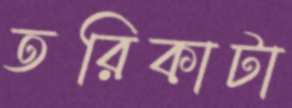
তরিকাটা